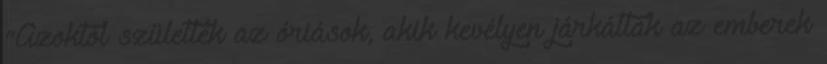
"Azoktól születtek az óriások, akik kevélyen járkáltak az emberek